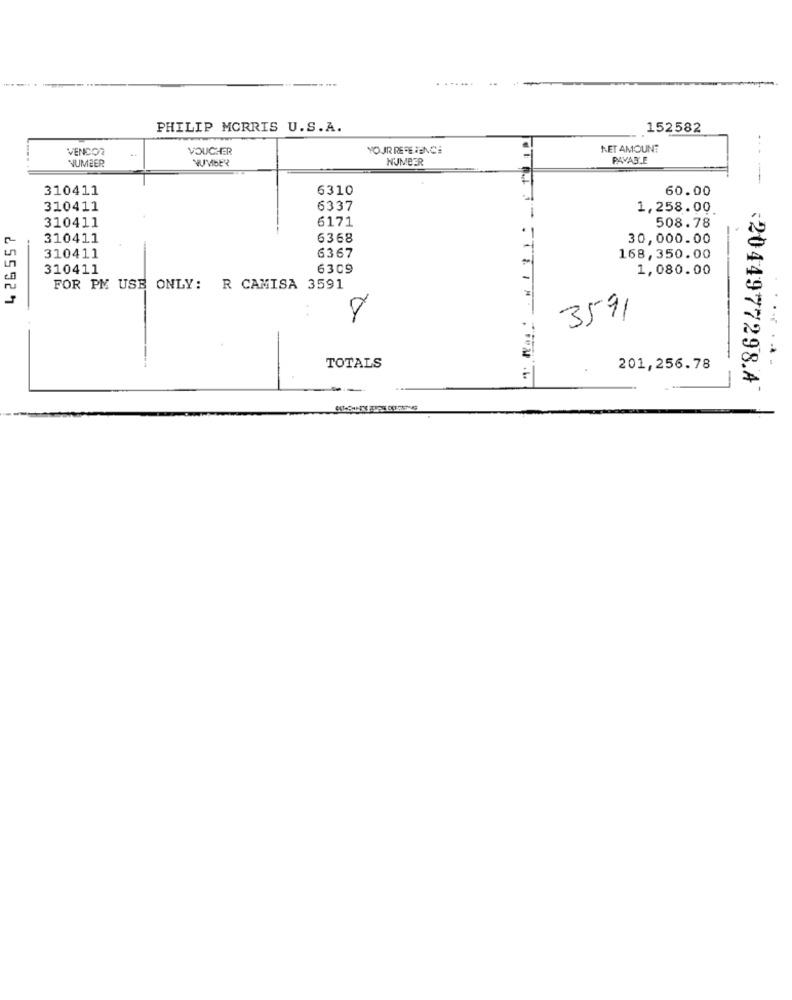
PHILIP MORRIS U.S.A.
152582
VENDOR
VOUCHER
YOUR REFERENCE
NET AMOUNT
NUMBER
NUMBER
NUMBER
PAVABLE
310411
6310
60.00
----
310411
6337
1,258.00
6171
508.78
426557
310411
310411
6368
30,000.00
310411
6367
168, 350.00
310411
6309
1,080.00
FOR PM USE ONLY: R CAMISA 3591
8
3591
TOTALS
201,256.78
TO JE STTIME ,BUT
<2044977298.A